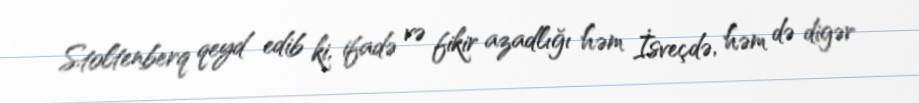
Stoltenberq qeyd edib ki, ifadə və fikir azadlığı həm İsveçdə, həm də digər